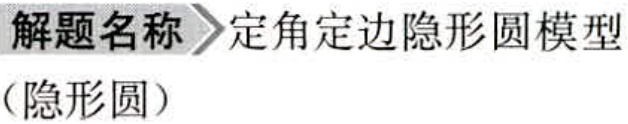
\textbf{解题名称} \textgreater\textgreater 定角定边隐形圆模型\\（隐形圆）